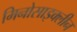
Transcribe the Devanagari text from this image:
मिनोसाइक्लीन